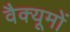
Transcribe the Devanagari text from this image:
वैक्यूमों